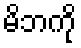
မိဘကို